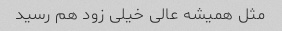
مثل همیشه عالی خیلی زود هم رسید